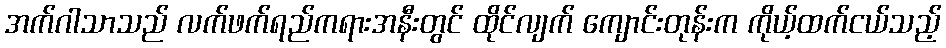
အက်ဂါသာသည် လက်ဖက်ရည်ကရားအနီးတွင် ထိုင်လျက် ကျောင်းတုန်းက ကိုယ့်ထက်ငယ်သည့်